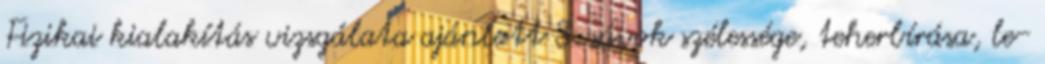
Fizikai kialakítás vizsgálata ajánlott 3. sávok szélessége, teherbírása, le-